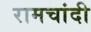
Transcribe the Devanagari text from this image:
रामचांदी